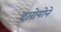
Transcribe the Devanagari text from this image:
दारोयोने